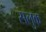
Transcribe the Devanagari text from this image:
सलुक